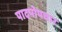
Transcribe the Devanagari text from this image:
पादपोपचार